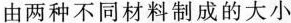
由两种不同材料制成的大小